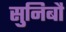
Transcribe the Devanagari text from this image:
सुनिबौ